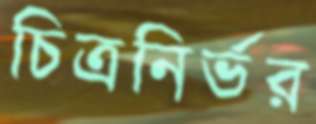
চিত্রনির্ভর